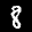
Label: 8